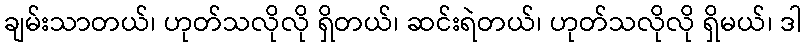
ချမ်းသာတယ်၊ ဟုတ်သလိုလို ရှိတယ်၊ ဆင်းရဲတယ်၊ ဟုတ်သလိုလို ရှိမယ်၊ ဒါ